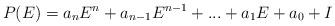
LaTeX: \begin{align*} P(E)=a_nE^n +a_{n-1}E^{n-1}+...+a_1E+a_0+I\end{align*}